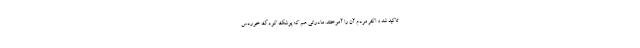
تاکید شد و اکثر مردم آن را آموختند. مادرانی هم که پوشک کودک خوردس